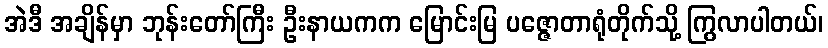
အဲဒီ အချိန်မှာ ဘုန်းတော်ကြီး ဦးနာယကက မြောင်းမြ ပဇ္ဇောတာရုံတိုက်သို့ ကြွလာပါတယ်၊